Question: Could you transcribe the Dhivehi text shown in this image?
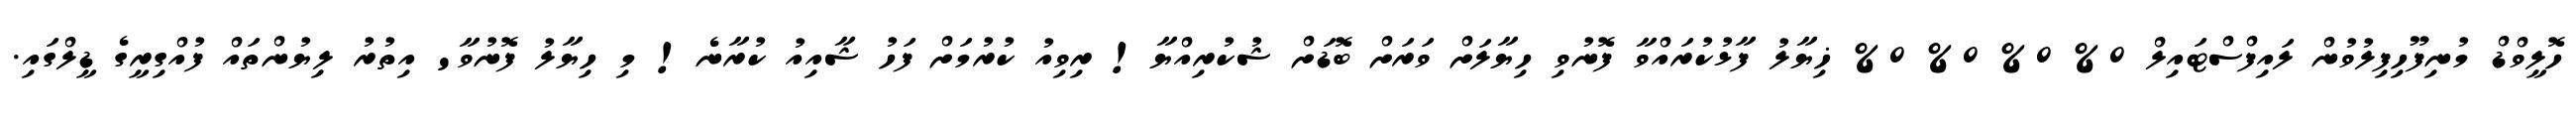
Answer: ހޮލީވްޑް މުނިފޫހިފިލުވުން ލައިފްސްޓައިލް 0% 0% 0% 0% ޚިޔާލު ފާޅުކުރައްވާ ފޮނުވި ހިޔާލަށް ވަރަށް ބޮޑަށް ޝުކުރިއްޔާ! ރިވިއު ކުރުމަށް ފަހު ޝާއިއު ކުރާނެ! މި ހިޔާލު ފޮނުވާ' އިތުރު ލިޔުންތައް ފުއްގިރީގެ ޑީލްގައި.